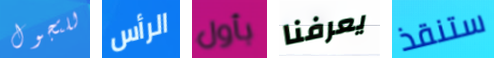
للتجول الرأس بأول يعرفنا ستنقذ